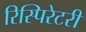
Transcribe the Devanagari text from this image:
रिस्पिरेटरी